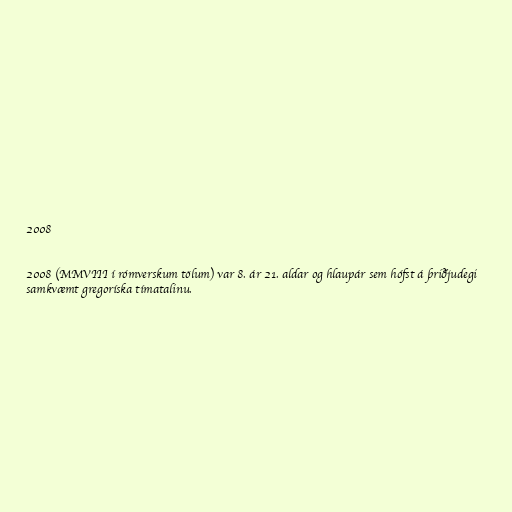
2008

2008 (MMVIII í rómverskum tölum) var 8. ár 21. aldar og hlaupár sem hófst á þriðjudegi
samkvæmt gregoríska tímatalinu.